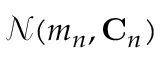
\mathcal { N } ( \boldsymbol { m } _ { n } , \mathbf { C } _ { n } )